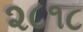
૨૮૧૮